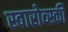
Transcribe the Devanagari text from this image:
स्वारोव्स्की